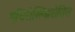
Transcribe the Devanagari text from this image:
एथिरोस्क्लिरोसिस